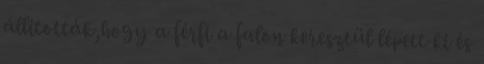
állították,hogy a férfi a falon keresztül lépett ki és